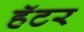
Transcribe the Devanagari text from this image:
हॅटर